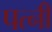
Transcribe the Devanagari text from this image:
पत्नीं